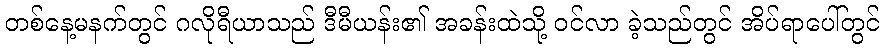
တစ်နေ့မနက်တွင် ဂလိုရီယာသည် ဒီမီယန်း၏ အခန်းထဲသို့ ဝင်လာ ခဲ့သည်တွင် အိပ်ရာပေါ်တွင်